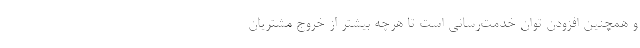
و همچنین افزودن توان خدمت‌رسانی است تا هرچه بیشتر از خروج مشتریان